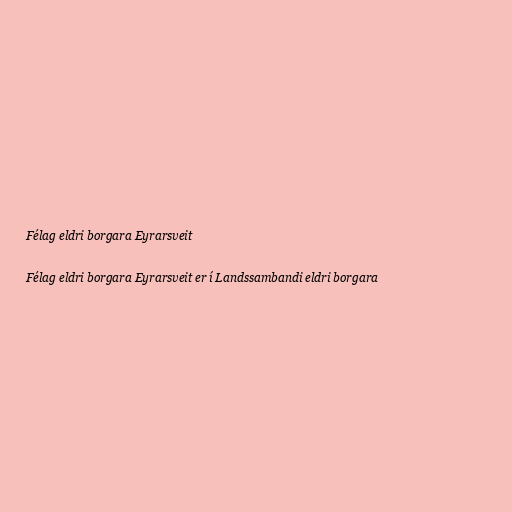
Félag eldri borgara Eyrarsveit

Félag eldri borgara Eyrarsveit er í Landssambandi eldri borgara